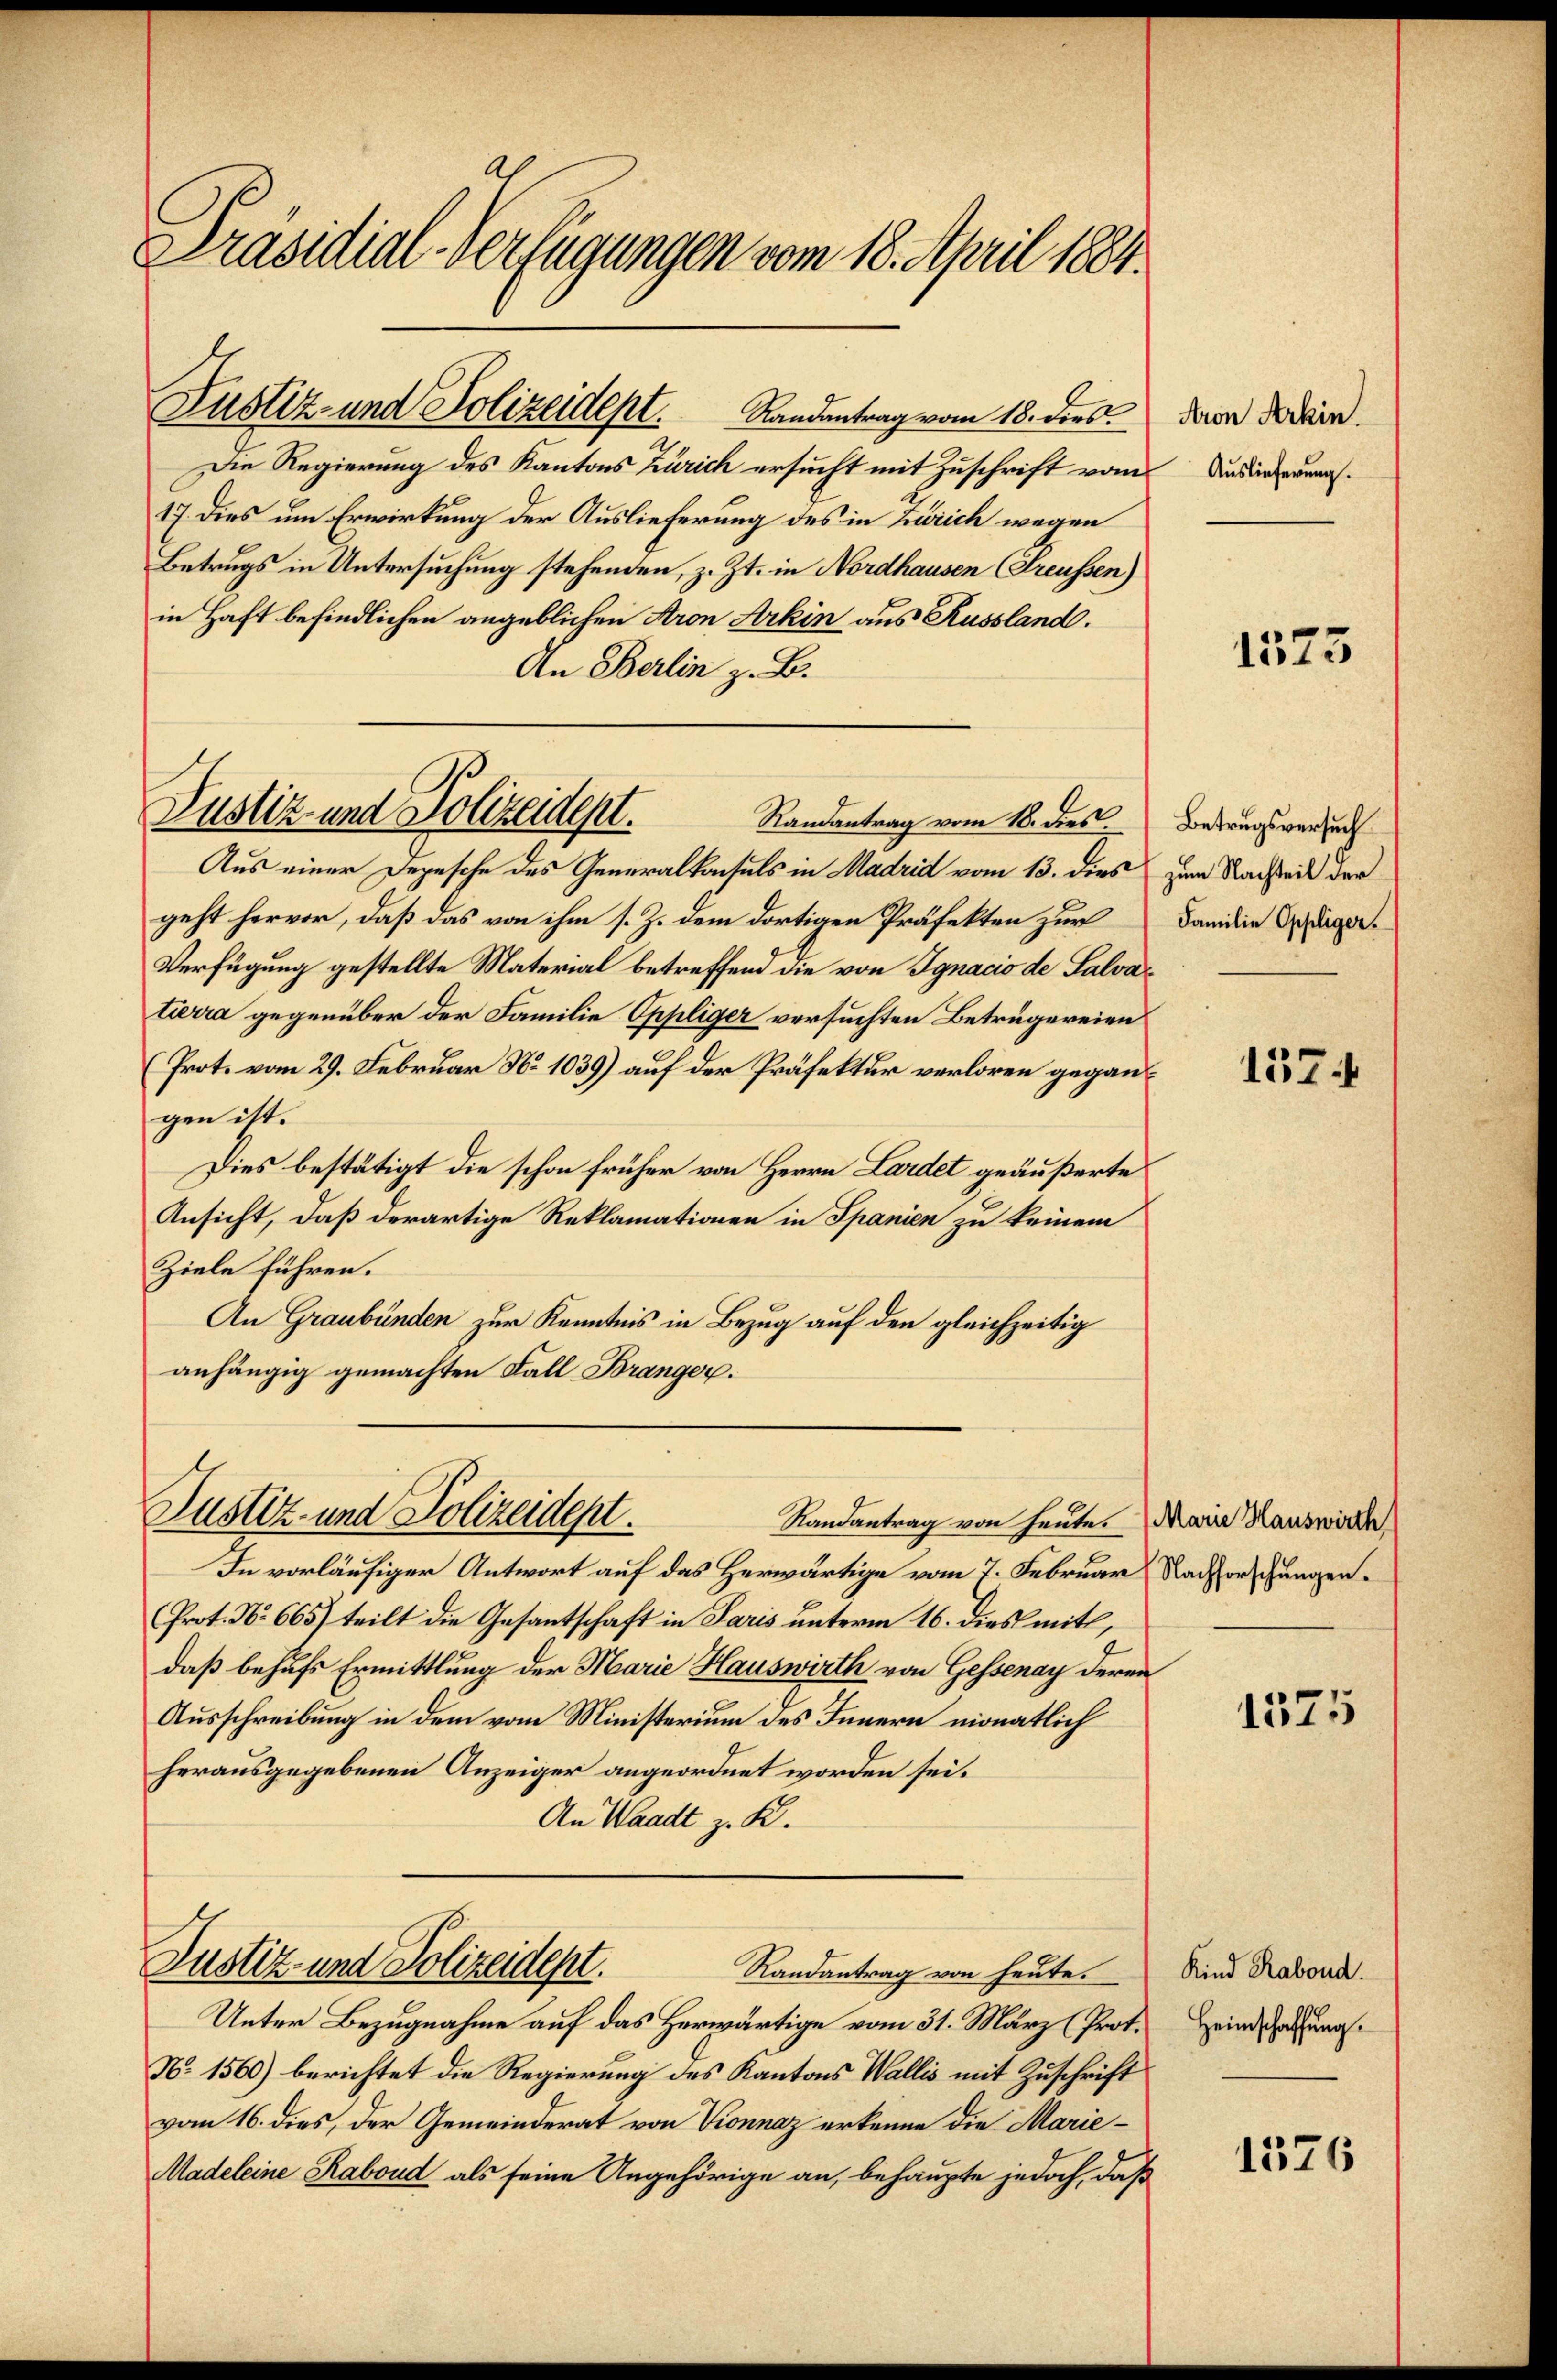
Präsidial-Verfügungen vom 18. April 1884.

Justiz- und Polizeidept. Randantrag vom 18. dies

Justiz und Polizeidept.
Randantrag vom 18. dies

Die Regierung des Kantons Zürich ersucht mit Zuschrift vom
17. dies um Erwirkung der Auslieferung des in Zürich wegen
Betrugs in Untersuchung stehenden, z. Zt. in Nordhausen (Freussen)
in Haft befindlichen angeblichen Aron Arhin aus Russland.
An Berlin z. B.
Aus einer Depesche des Generalkonsuls in Madrid vom 13. dies
geht hervor, daß das von ihm s. Z. dem dortigen Präfekten zur
Verfügung gestellte Material betreffend die von Ignacio de Salvatierra gegenüber der Familie Oppliger versuchten Betrügereien
(Prot. vom 29. Februar No 1039) auf der Präfektur verloren gegangen ist.
Dies bestätigt die schon früher von Herrn Lardet geäußerte
Ansicht, daß derartige Reklamationen in Spanien zu keinem
Ziele führen.
An Graubünden zur Kenntnis in Bezug auf den gleichzeitig
anhängig gemachten Fall Branger.

Justiz- und Polizeidept.
Randantrag von heute. Marie Hauswirth

In vorläufiger Antwort auf das Herwärtige vom 7. Februar  Nachforschungen¬
Prot. No 665) teilt die Gesantschaft in Paris unterm 16. dies mit,
daß behufs Ermittlung der Marie Hauswirth von Gessenay deren
Ausschreibung in dem vom Ministerium des Innern monatlich
herausgegebenen Anzeiger angeordnet worden sei.
An Waadt z. K.

Justiz und Polizeidept.
Randantrag von heute.

Unter Bezugnahme auf das Herwärtige vom 31. März (Prot.
N. 1560) berichtet die Regierung des Kantons Wallis mit Zuschrift
vom 16. dies, der Gemeinderat von Vionnaz erkenne die Marie¬
Madeleine Rabond als seine Angehörige an, behaupte jedoch, daß

Aron Arkin.
Auslieferung.

1573

Betrugsversuch
zum Nachteil der
Familie Oppliger.

1374

1375

Kind Rabond.
Heimschaffung.

1576